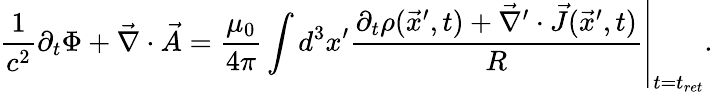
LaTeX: \frac{1}{c^{2}}\partial_{t}\Phi+\vec{\nabla}\cdot\vec{A}=\frac{\mu_{0}}{4\pi}\int d^{3}x^{\prime}\left.\frac{\partial_{t}\rho(\vec{x}^{\prime},t)+\vec{\nabla}^{\prime}\cdot\vec{J}(\vec{x}^{\prime},t)}{R}\right|_{t=t_{ret}}.